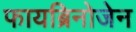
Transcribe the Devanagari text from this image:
फायब्रिनोजेन